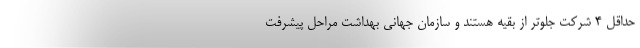
حداقل ۴ شرکت جلوتر از بقیه هستند و سازمان جهانی بهداشت مراحل پیشرفت